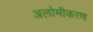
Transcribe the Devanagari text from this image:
अलोमीकरण